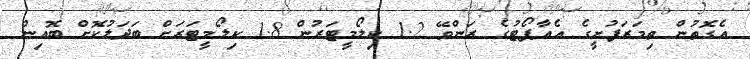
އެގޮތުން ތިމަރަފުށީގެ އެއާޕޯޓުގެ ރަންވޭ 1.2 ކިލޯމީޓަރުން 1.8 ކިލޯމީޓަރަށް ބަދަލުކޮށް ބޮއިން